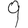
Digit: 9